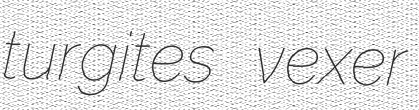
turgites vexer